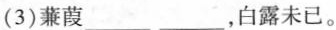
(3)蒹葭___ ___，白露未已。